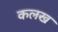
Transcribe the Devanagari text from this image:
कलख